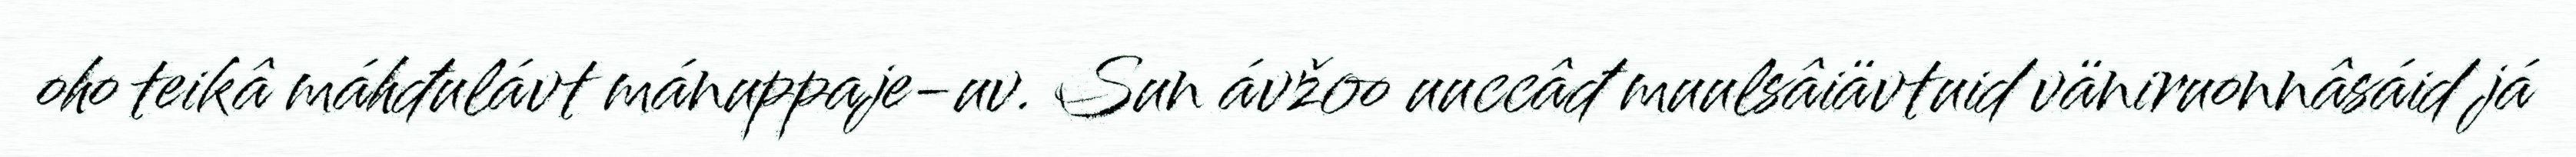
oho teikâ máhđulávt mánuppaje-uv. Sun ávžoo uuccâđ muulsâiävtuid väniruonnâsáid já